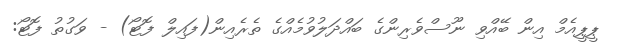
ޕީޕީއެމް އިން ބޭއްވި ނޫސްވެރިންގެ ބައްދަލުވުމެއްގެ ތެރެއިން(ފައިލް ފޮޓޯ) - ވަގުތު ފޮޓޯ: